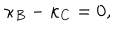
\kappa _ { B } - \kappa _ { C } = 0 ,